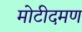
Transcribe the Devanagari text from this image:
मोटीदमण